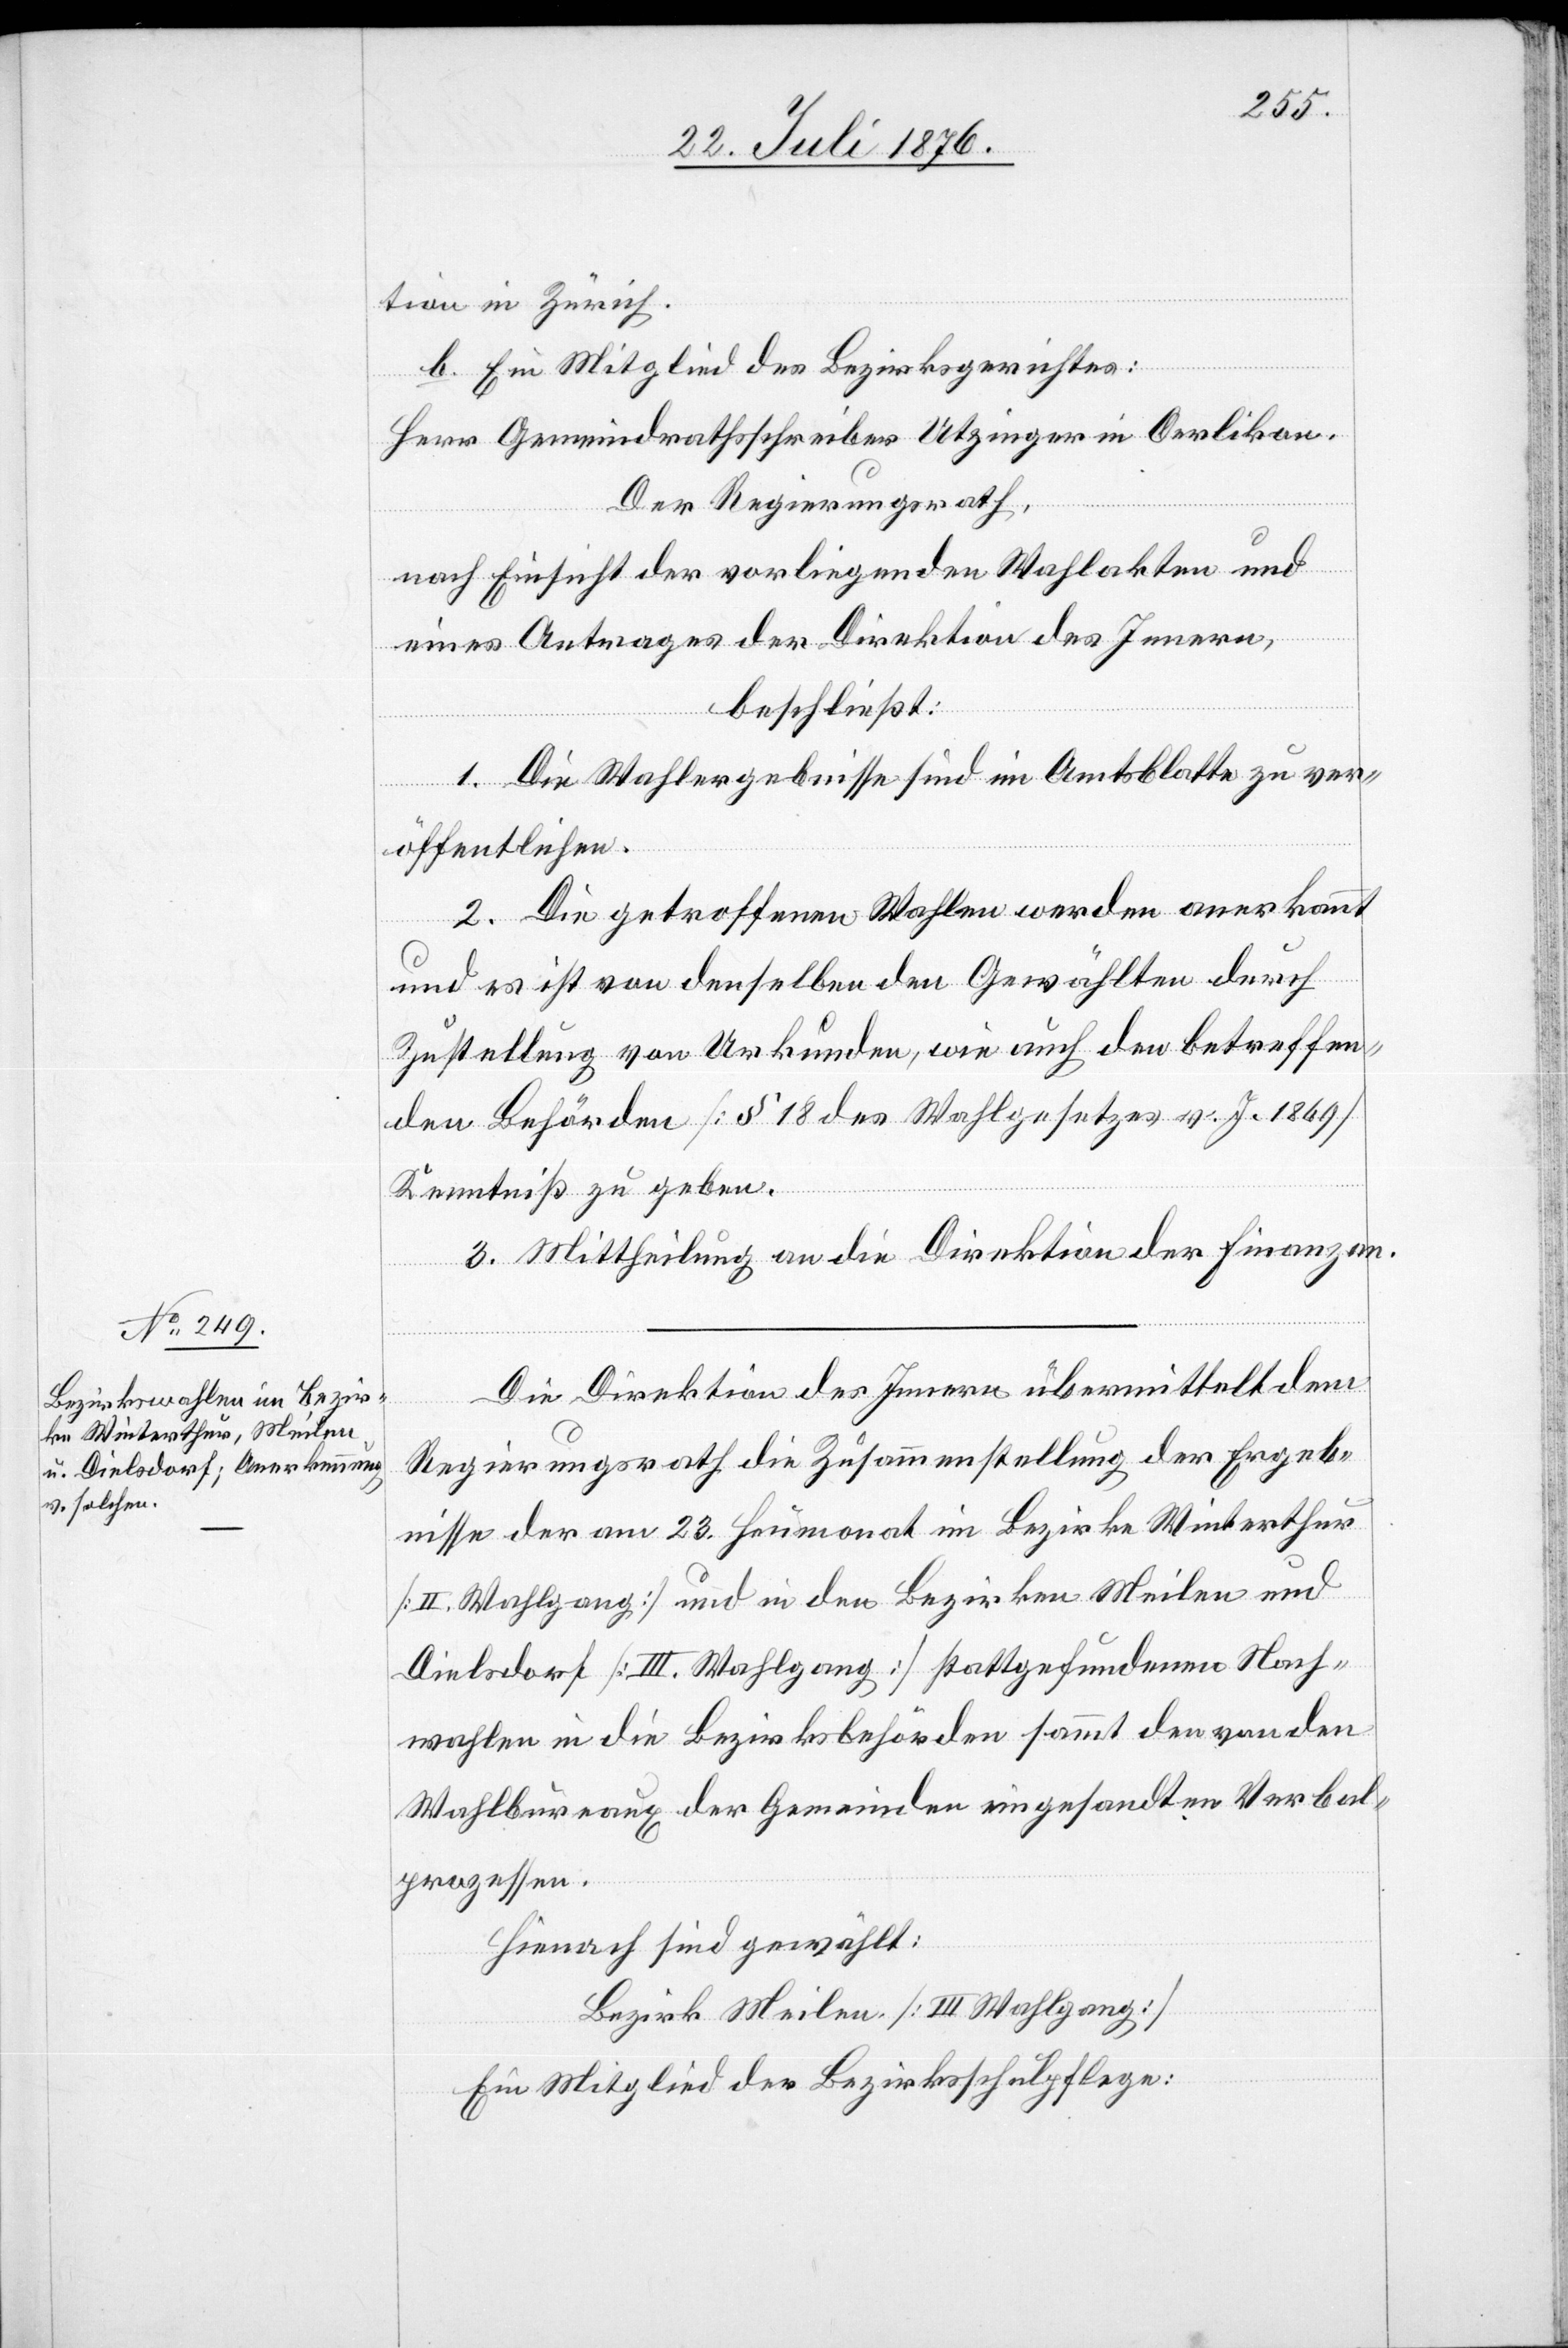
26. Juli 1876.]
tion in Zürich.
b. Ein Mitglied des Bezirksgerichtes:
Herr Gemeindrathsschreiber Utzinger in Oerlikon.
Der Regierungsrath,
nach Einsicht der vorliegenden Wahlakten und
eines Antrages der Direktion des Innern,
beschließt:
1. Die Wahlergebnisse sind im Amtsblatte zu ver¬
öffentlichen.
2. Die getroffenen Wahlen werden anerkannt
und es ist von denselben den Gewählten durch
Zustellung von Urkunden, wie auch den betreffen¬
den Behörden [§ 18 des Wahlgesetzes v. J. 1869]
Kenntniß zu geben.
3. Mittheilung an die Direktion der Finanzen.
Die Direktion des Innern übermittelt dem
Regierungsrath die Zusammenstellung der Ergeb¬
nisse der am 23. Heumonat im Bezirke Winterthur
[II. Wahlgang] und in den Bezirken Meilen und
Dielsdorf [III. Wahlgang] stattgefundenen Nach¬
wahlen in die Bezirksbehörden sammt den von den
Wahlbureaux der Gemeinden eingesandten Verbal¬
prozessen.
Hienach sind gewählt:
Bezirk Meilen [III. Wahlgang]
Ein Mitglied der Bezirksschulpflege: